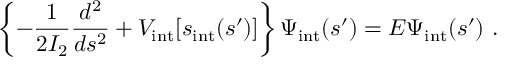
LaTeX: \left\{ - \frac { 1 } { 2 I _ { 2 } } \frac { d ^ { 2 } } { d s ^ { 2 } } + V _ { \mathrm { i n t } } [ s _ { \mathrm { i n t } } ( s ^ { \prime } ) ] \right\} \Psi _ { \mathrm { i n t } } ( s ^ { \prime } ) = E \Psi _ { \mathrm { i n t } } ( s ^ { \prime } ) \ .